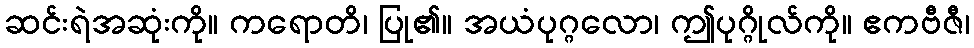
ဆင်းရဲအဆုံးကို။ ကရောတိ၊ ပြု၏။ အယံပုဂ္ဂလော၊ ဤပုဂ္ဂိုလ်ကို။ ဧကဗီဇီ၊